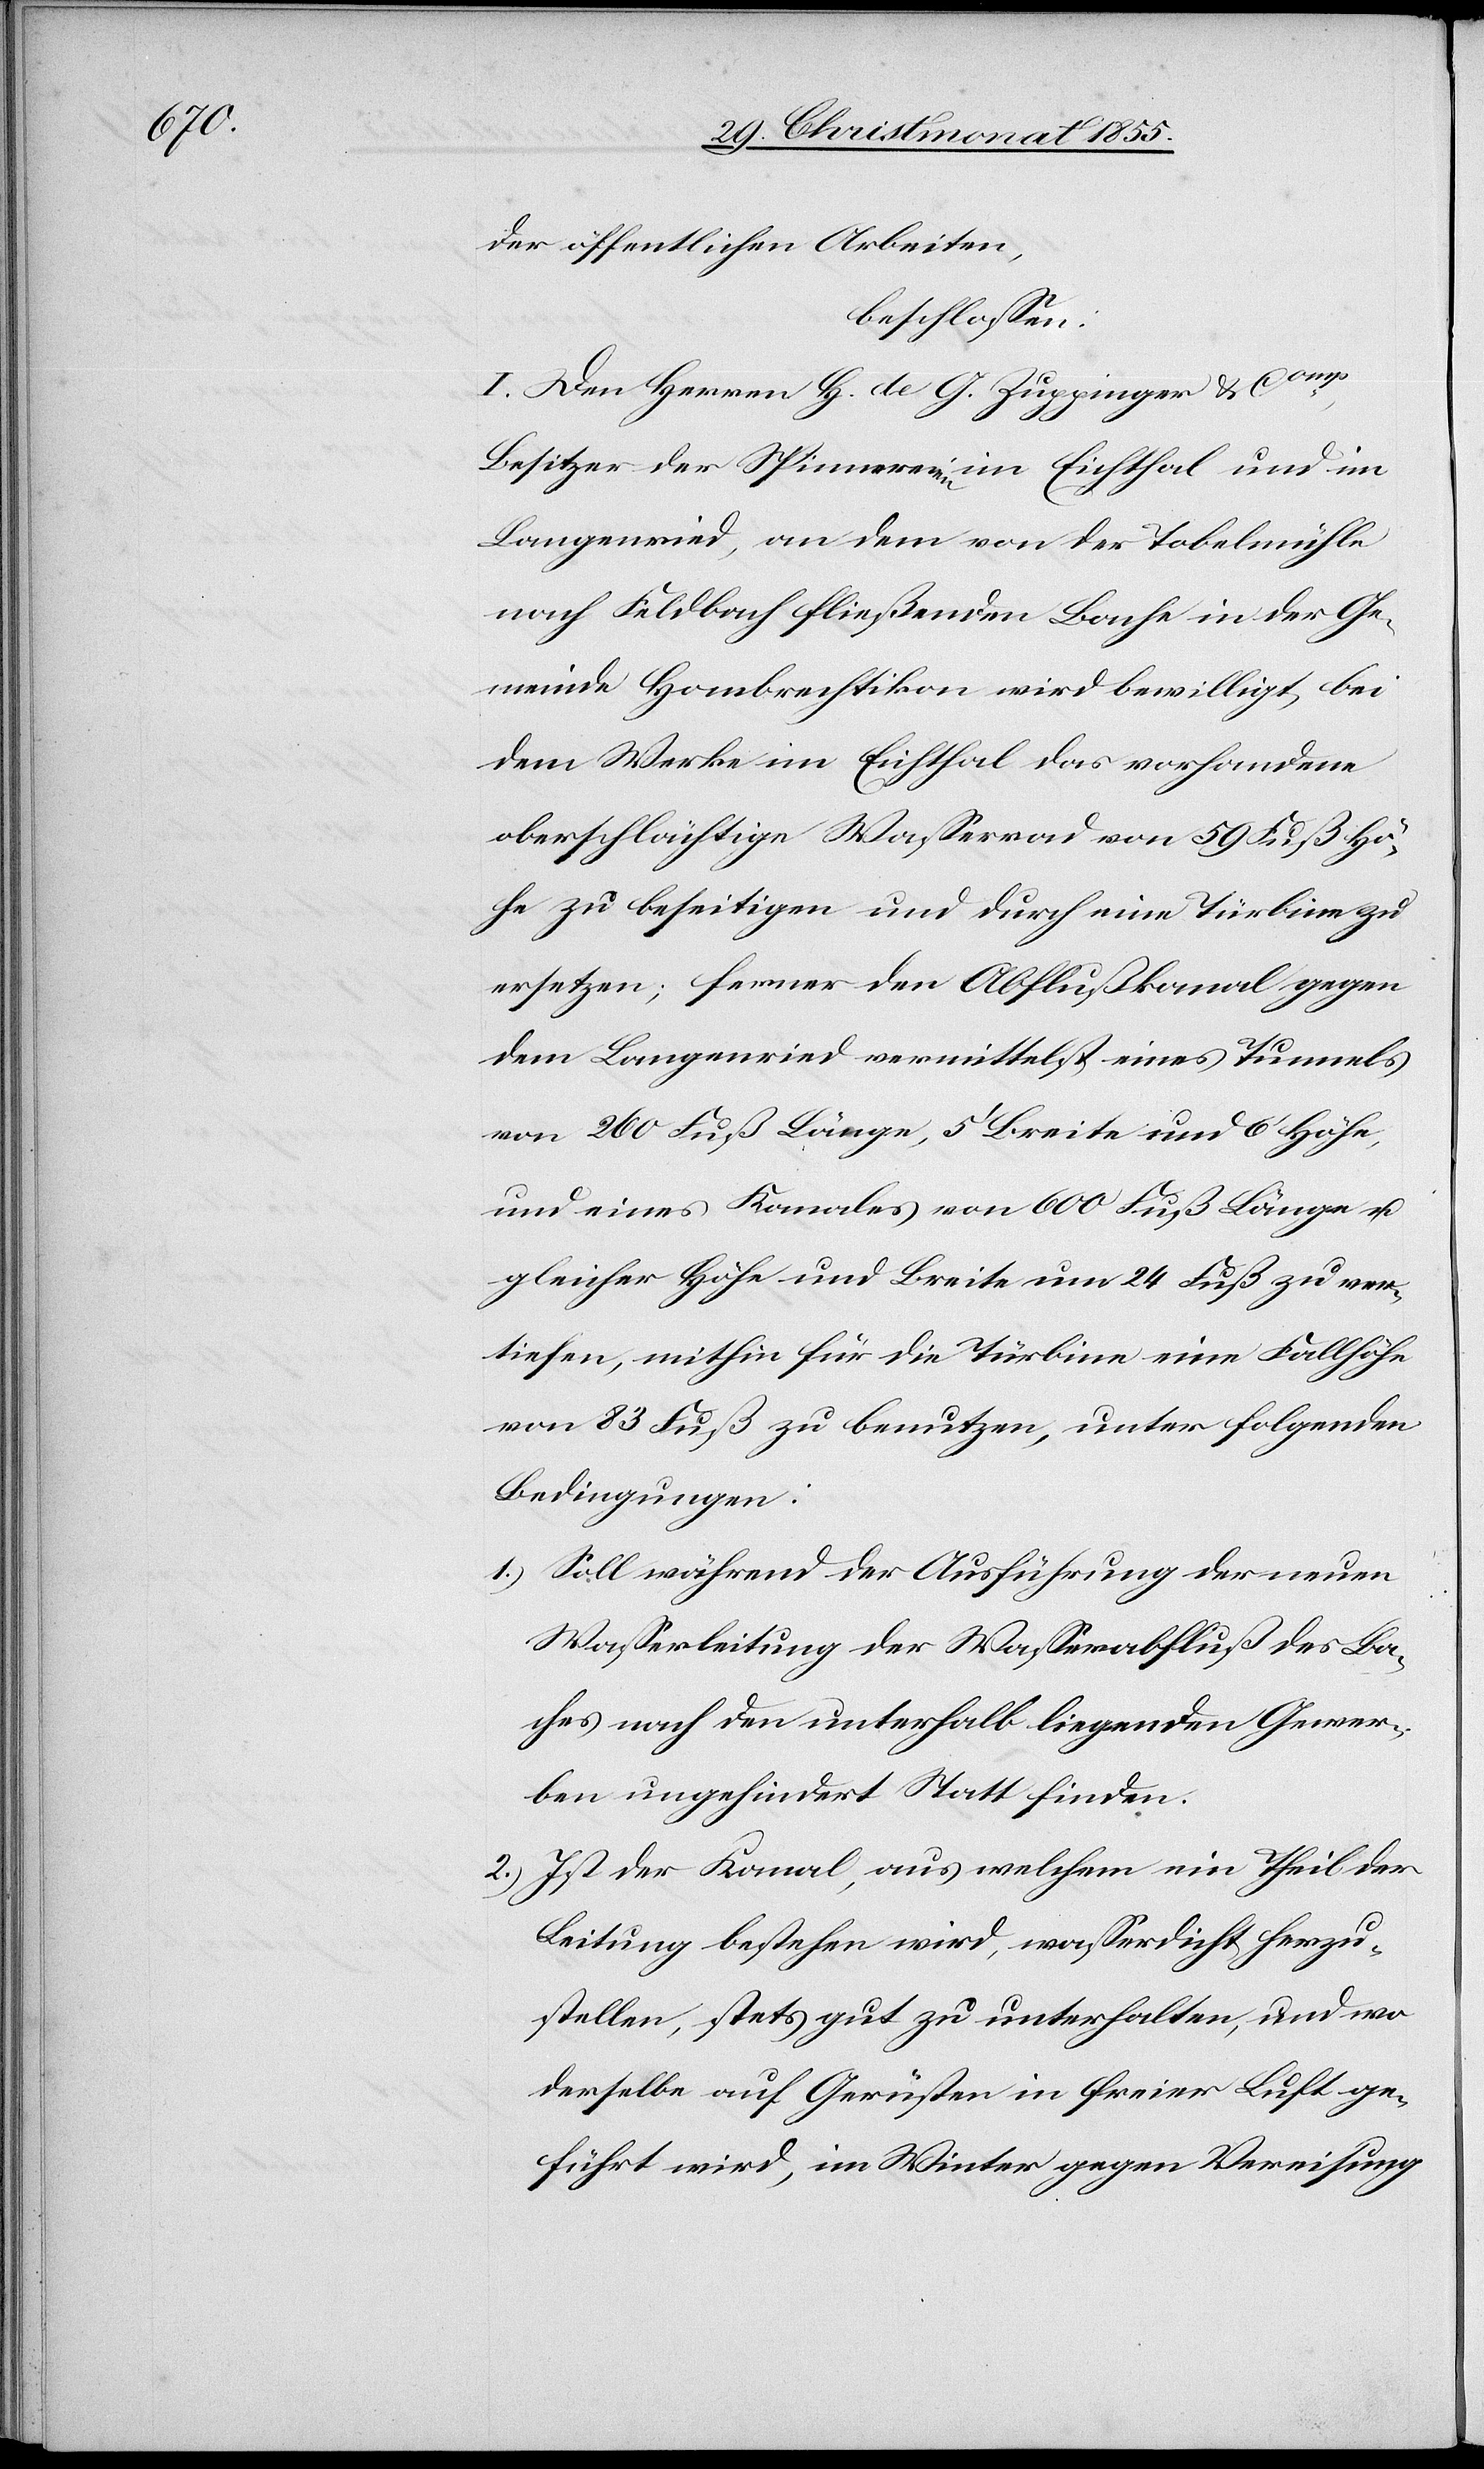
der öffentlichen Arbeiten,
beschlossen:
I. Den Herren H. de G. Zuppinger & Comp,
Besitzer der Spinnereien im Eichthal und im
Langenried, an dem von der Tobelmühle
nach Feldbach fließenden Bache in der Ge¬
meinde Hombrechtikon wird bewilligt, bei
dem Werke im Eichthal das vorhandene
oberschlächtige Wasserrad von 59 Fuß Hö¬
he zu beseitigen und durch eine Türbine zu
ersetzen; ferner den Abflußkanal gegen
dem Langenried vermittelst eines Tunnels
von 260 Fuß Länge, 5‘ Breite und 6‘ Höhe,
und eines Kanales von 600 Fuß Länge u.
gleicher Höhe und Breite um 24 Fuß zu ver¬
tiefen, mithin für die Türbine eine Fallhöhe
von 83 Fuß zu benutzen, unter folgenden
Bedingungen:
Soll während der Ausführung der neuen
Wasserleitung der Wasserabfluß des Ba¬
ches nach den unterhalb liegenden Gewer¬
ben ungehindert Statt finden.
Ist der Kanal, aus welchem ein Theil der
Leitung bestehen wird, wasserdicht herzu¬
stellen, stets gut zu unterhalten, und wo
derselbe auf Gerüsten in freier Luft ge¬
führt wird, im Winter gegen Vereisung